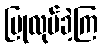
ပြုလုပ်ခဲ့ကြ